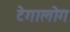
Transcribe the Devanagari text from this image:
टेगालोग